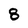
Character: 8